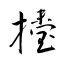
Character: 擡